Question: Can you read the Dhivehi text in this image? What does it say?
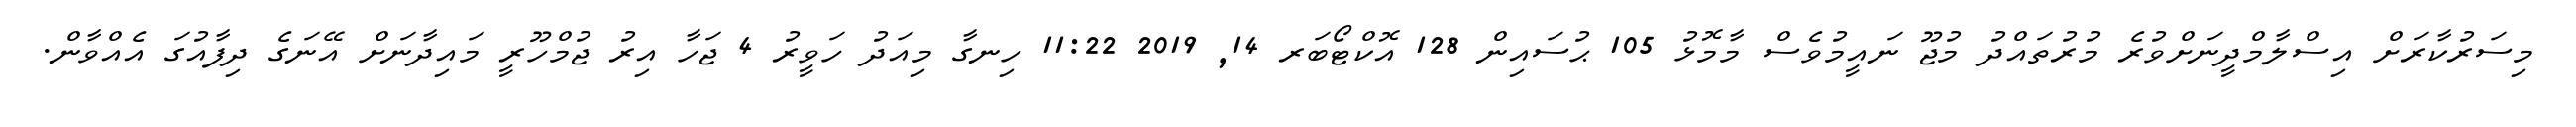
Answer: މިސަރުކާރަށް އިސްލާމްދީނަށްވުރެ މުރުތައްދު މުޖޫ ނައީމުވެސް މާމޮޅު 105 ޙުސައިން 128 އޮކްޓޯބަރ 14, 2019 11:22 ހިނގާ މިއަދު ހަވީރު 4 ޖަހާ އިރު ޖުމްހޫރީ މައިދާނަށް އޭނަގެ ދިފާއުގަ އެއްވާން.